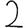
Digit: 2